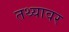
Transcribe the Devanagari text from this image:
तथ्यावर